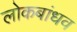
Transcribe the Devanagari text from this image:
लोकबांधव